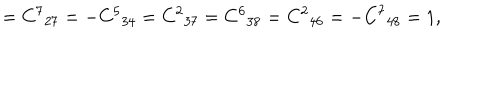
= { C ^ { 7 } } _ { 2 7 } = - { C ^ { 5 } } _ { 3 4 } = { C ^ { 2 } } _ { 3 7 } = { C ^ { 6 } } _ { 3 8 } = { C ^ { 2 } } _ { 4 6 } = - { C ^ { 7 } } _ { 4 8 } = 1 ,